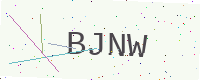
Text: BJNW